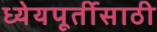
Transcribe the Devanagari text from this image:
ध्येयपूर्तीसाठी